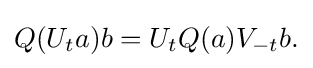
\displaystyle {Q(U_{t}a)b=U_{t}Q(a)V_{-t}b.}